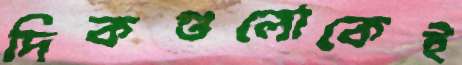
দিকগুলোকেই